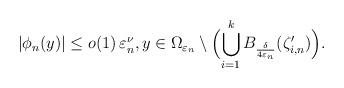
LaTeX: \begin{align*}\vert \phi_n(y)\vert\leq o(1)\,\varepsilon_n^\nu, y\in \Omega_{\varepsilon_n}\setminus\Bigl(\bigcup_{i=1}^kB_{\frac{\delta}{4\varepsilon_n}}(\zeta_{i,n}^\prime)\Bigr).\end{align*}